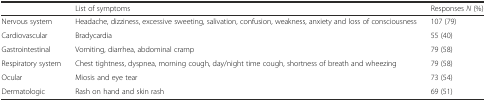
<table><thead><tr><td></td><td><b>List of symptoms</b></td><td><b>Responses <i>N</i> (%)</b></td></tr></thead><tbody><tr><td>Nervous system</td><td>Headache, dizziness, excessive sweeting, salivation, confusion, weakness, anxiety and loss of consciousness</td><td>107 (79)</td></tr><tr><td>Cardiovascular</td><td>Bradycardia</td><td>55 (40)</td></tr><tr><td>Gastrointestinal</td><td>Vomiting, diarrhea, abdominal cramp</td><td>79 (58)</td></tr><tr><td>Respiratory system</td><td>Chest tightness, dyspnea, morning cough, day/night time cough, shortness of breath and wheezing</td><td>79 (58)</td></tr><tr><td>Ocular</td><td>Miosis and eye tear</td><td>73 (54)</td></tr><tr><td>Dermatologic</td><td>Rash on hand and skin rash</td><td>69 (51)</td></tr></tbody></table>